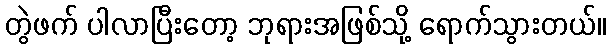
တွဲဖက် ပါလာပြီးတော့ ဘုရားအဖြစ်သို့ ရောက်သွားတယ်။